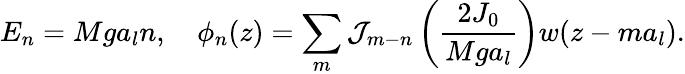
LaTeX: E_{n}=Mga_{l}n,\quad\phi_{n}(z)=\sum_{m}\mathcal{J}_{m-n}\left(\frac{2J_{0}}{Mga_{l}}\right)w(z-ma_{l}).